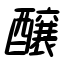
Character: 醸